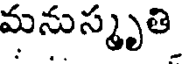
మనుస్మృతి